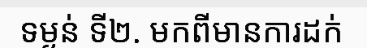
ទម្ងន់ ទី២. មកពីមានការដក់